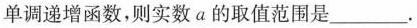
单调递增函数，则实数a的取值范围是___.